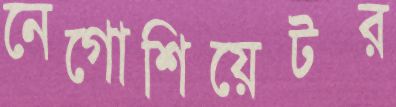
নেগোশিয়েটর